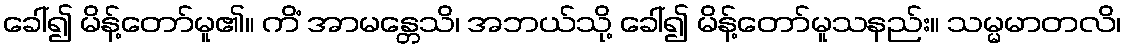
ခေါ်၍ မိန့်တော်မူ၏။ ကိံ အာမန္တေသိ၊ အဘယ်သို့ ခေါ်၍ မိန့်တော်မူသနည်း။ သမ္မမာတလိ၊